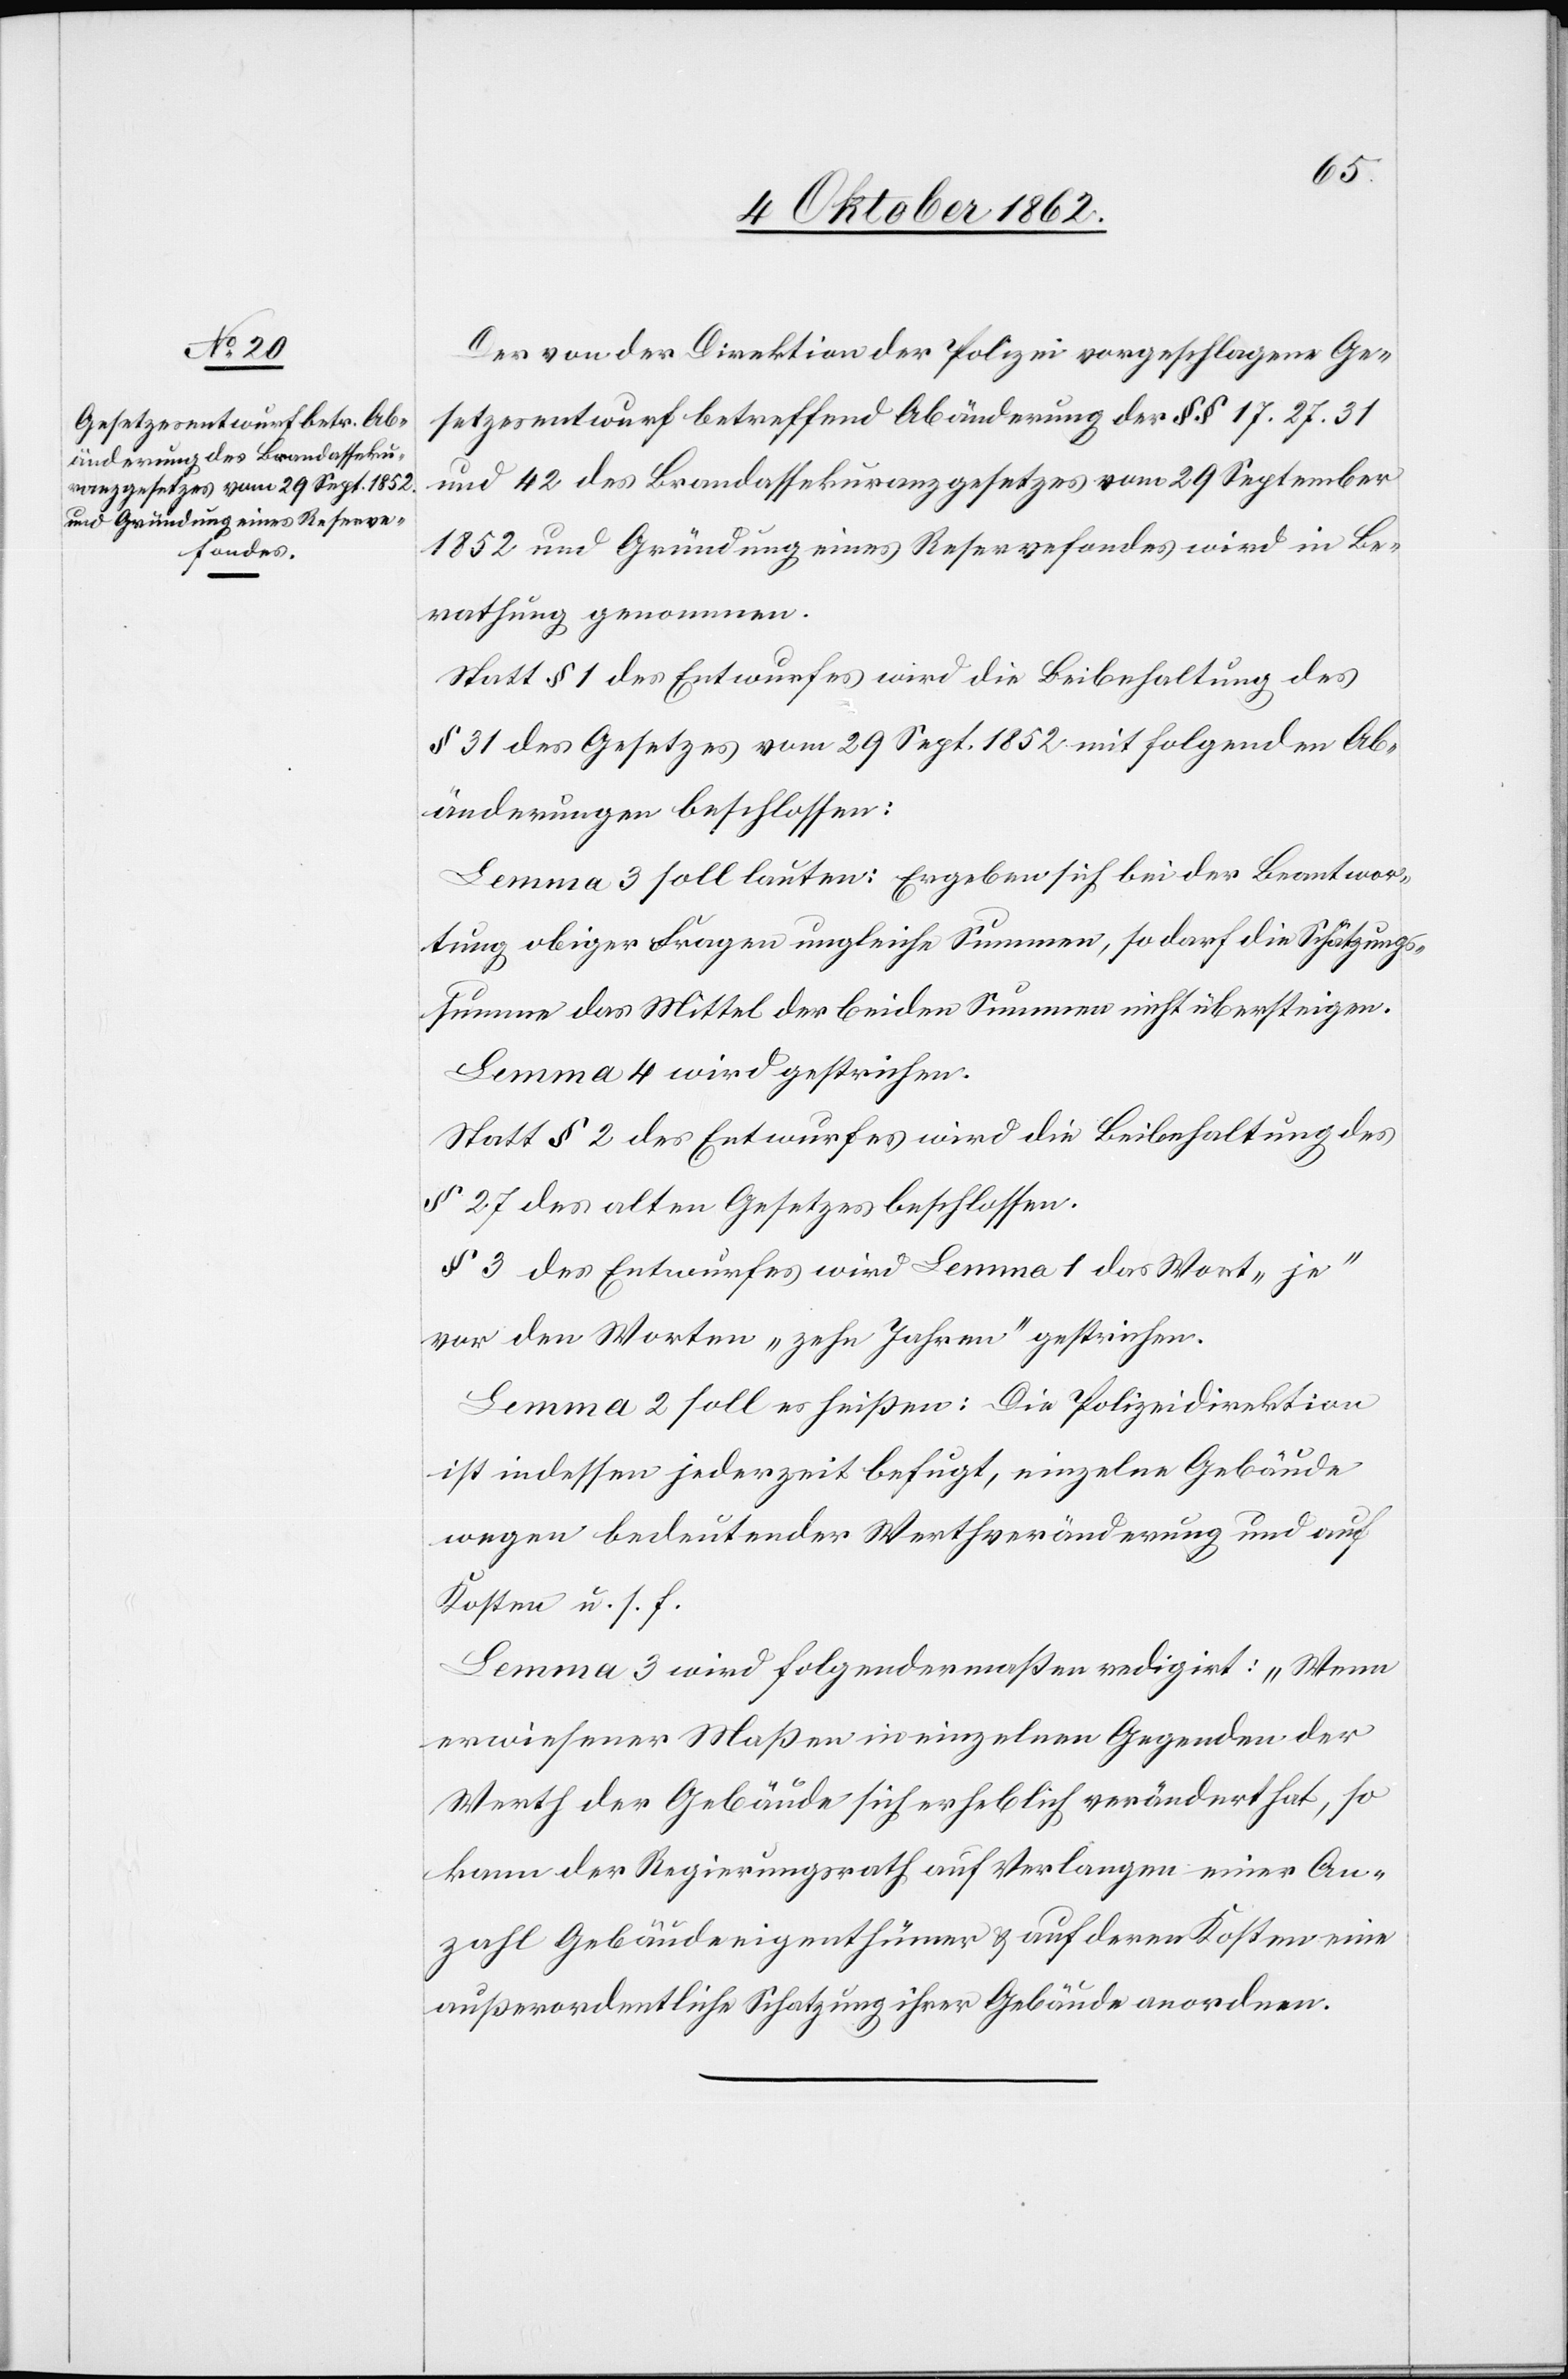
Der von der Direktion der Polizei vorgeschlagene Ge¬
setzesentwurf betreffend Abänderung der §§ 17. 27. 31
und 42 des Brandassekuranzgesetzes vom 29. September
1852 und Gründung eines Reservefondes wird in Be¬
rathung genommen.
Statt § 1 des Entwurfes wird die Beibehaltung des
§ 31 des Gesetzes vom 29. Sept. 1852 mit folgenden Ab¬
änderungen beschlossen:
Lemma 3 soll lauten: Ergeben sich bei der Beantwor¬
tung obiger Fragen ungleiche Summen, so darf die Schützungs¬
summe das Mittel der beiden Summen nicht übersteigen.
Lemma 4 wird gestrichen.
Statt §. 2 des Entwurfes wird die Beibehaltung des
§. 27 des alten Gesetzes beschlossen.
§. 3 des Entwurfes wird laut Lemma 1 das Wort „je“
vor den Worten „zehn Jahren“ gestrichen.
Lemma 2 soll es heißen: Die Polizeidirektion
ist indessen jederzeit befugt, einzelne Gebäude
wegen bedeutender Werthveränderung und auf
Kosten u. s. f.
Lemma 3 wird folgendermaßen redigirt: „Wenn
erwiesener Maßen in einzelnen Gegenden der
Werth der Gebäude sich erheblich verändert hat, so
kann der Regierungsrath auf Verlangen einer An¬
zahl Gebäudeigenthümer u. auf deren Kosten eine
außerordentliche Schatzung ihrer Gebäude anordnen.